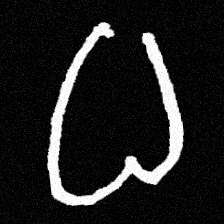
Pyu character \u2014 Myanmar letter: ဓ (romanized: dha)